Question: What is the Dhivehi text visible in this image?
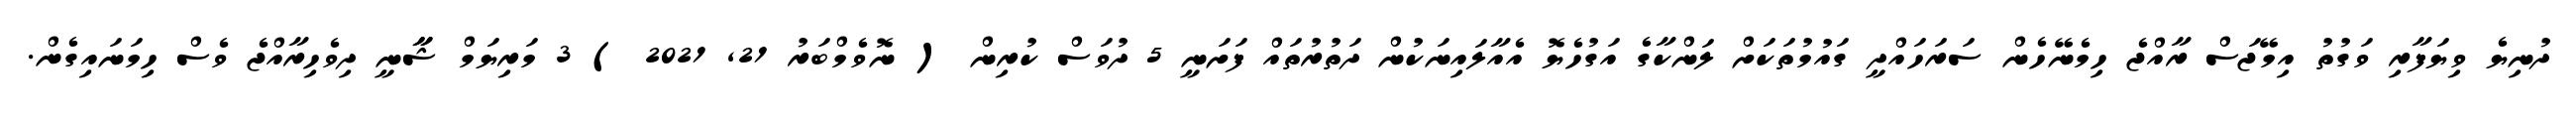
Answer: ދުނިޔެ ވިޔަފާރި ވަގުތު އިމޭޖަސް ރާއްޖެ ހިމެނޭހެން ސަރަހައްދީ ގައުމުތަކަށް ލަންކާގެ އަގުހެޔޮ އެއާލައިނަކުން ދަތުރުތައް ފަށަނީ 5 ދުވަސް ކުރިން ( ނޮވެމްބަރު 21, 2021 ) 3 މަރިޔަމް ޝާާނީ ދިވެހިރާއްޖެ ވެސް ހިމަނައިގެން.